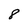
Character: 8